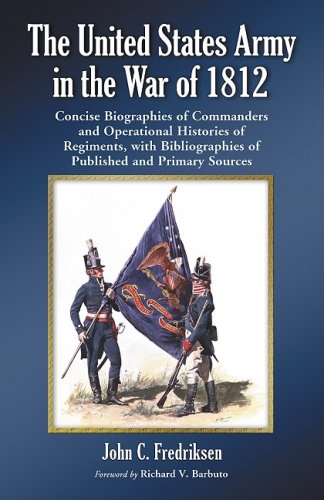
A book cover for The United States Army in the War of 1812: Concise Biographies of Commanders and Operational Histories of Regiments, with Bibliographies of Published and Primary Sources; John C. Fredriksen; History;